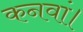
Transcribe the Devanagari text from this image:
कनवां।